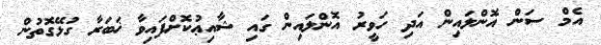
އެމް ސަން އޮންލައިން އަދި ހަވީރު އޮންލައިން ގައި ޝާއިޢުކޮށްފައިވާ ޚަބަރާ ގުޅޭގޮތުން